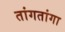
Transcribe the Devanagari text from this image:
तांगतांगा